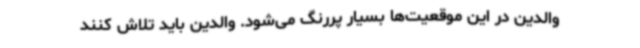
والدین در این موقعیت‌ها بسیار پررنگ می‌شود. والدین باید تلاش کنند